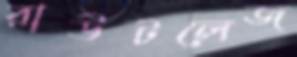
রাউটলেজ